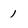
Character: 1